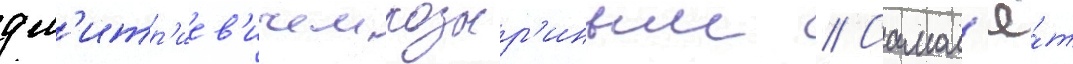
дм'итр'иев'ичем козыр'иным // Самол'ё́т